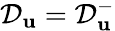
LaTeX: \mathcal{D}_{\mathbf{u}}=\mathcal{D}_{\mathbf{u}}^{-}